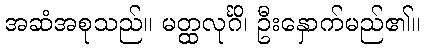
အဆံအစုသည်။ မတ္ထလုင်္ဂိ၊ ဦးနှောက်မည်၏။